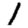
Digit: 1